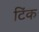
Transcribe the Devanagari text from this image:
टिंक